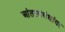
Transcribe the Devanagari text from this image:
आंतरसंबंधांवर